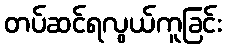
တပ်ဆင်ရလွယ်ကူခြင်း